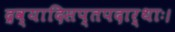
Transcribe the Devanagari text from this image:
द्रव्यादिसप्तपदार्थाः।